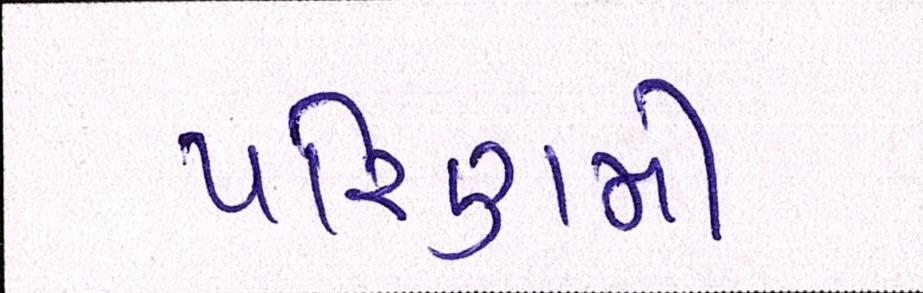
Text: પરિણમી